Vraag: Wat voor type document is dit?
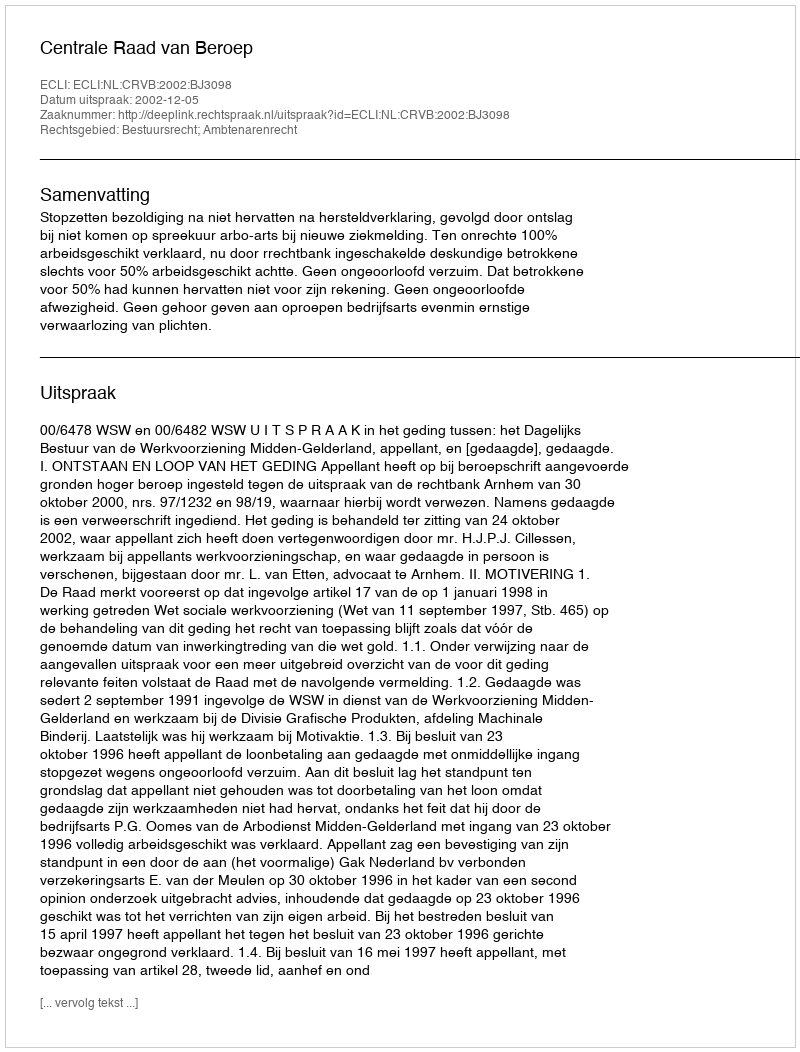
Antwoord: Uitspraak